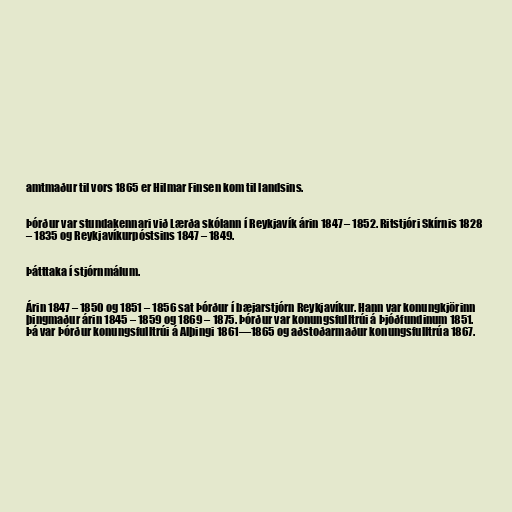
amtmaður til vors 1865 er Hilmar Finsen kom til landsins.

Þórður var stundakennari við Lærða skólann í Reykjavík árin 1847 – 1852. Ritstjóri Skírnis 1828
– 1835 og Reykjavíkurpóstsins 1847 – 1849.

Þátttaka í stjórnmálum.

Árin 1847 – 1850 og 1851 – 1856 sat Þórður í bæjarstjórn Reykjavíkur. Hann var konungkjörinn
þingmaður árin 1845 – 1859 og 1869 – 1875. Þórður var konungsfulltrúi á Þjóðfundinum 1851.
Þá var Þórður konungsfulltrúi á Alþingi 1861—1865 og aðstoðarmaður konungsfulltrúa 1867.